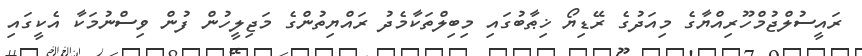
ރައީސުލްޖުމްހޫރިއްޔާގެ މިއަދުގެ ރޭޑިޔޯ ޚިޠާބުގައި މިބިލްތަކާމެދު ރައްޔިތުންގެ މަޖިލީހުން ފުން ވިސްނުމަކާ އެކީގައި